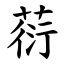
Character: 葕